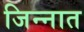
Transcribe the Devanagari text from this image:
जिन्‍नात